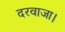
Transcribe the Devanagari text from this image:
दरवाजा।